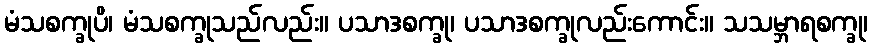
မံသစက္ခုပိ၊ မံသစက္ခုသည်လည်း။ ပသာဒစက္ခု၊ ပသာဒစက္ခုလည်းကောင်း။ သသမ္ဘာရစက္ခု၊